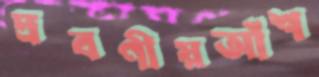
দ্রবণীয়আঁশ